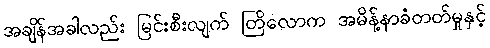
အချိန်အခါလည်း မြင်းစီးလျက် တြိလောက အမိန့်နာခံတတ်မှုနှင့်